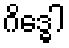
ဂိဒ္ဓေါ